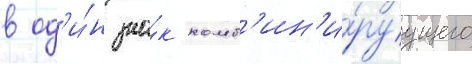
в од'и́н зна́к комб'ин'и́руущего